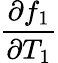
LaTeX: \frac{\partial f_{1}}{\partial T_{1}}